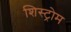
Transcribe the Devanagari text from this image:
शिस्ट्रोम